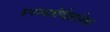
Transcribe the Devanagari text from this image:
वनस्पतीवैज्ञानिक